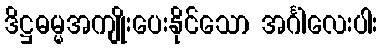
ဒိဋ္ဌဓမ္မအကျိုးပေးနိုင်သော အင်္ဂါလေးပါး